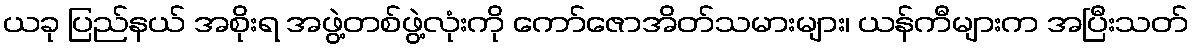
ယခု ပြည်နယ် အစိုးရ အဖွဲ့တစ်ဖွဲ့လုံးကို ကော်ဇောအိတ်သမားများ၊ ယန်ကီများက အပြီးသတ်